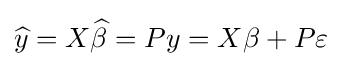
{\widehat {y}}=X{\widehat {\beta }}=Py=X\beta +P\varepsilon